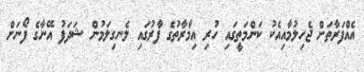
އެއްފަރާތަށް ޖެހިލުމާއިއެކު ކަންމަތީގައި ހުރި އިމާރާތުގެ ފާރުގައި ލެނގިލަމުން ޝަދަފު އޭނާގެ ފޯނަށް